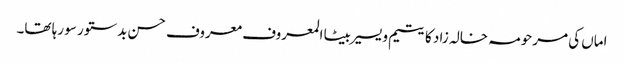
اماں کی مرحومہ خالہ زاد کا یتیم و یسیر بیٹا المعروف معروف حسن بدستور سو رہا تھا۔